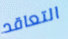
التعاقد